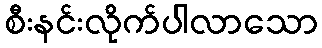
စီးနင်းလိုက်ပါလာသော